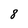
Character: 8